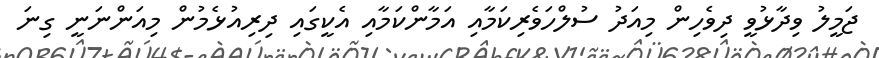
ޖަމީލު ވިދާޅުވީ ދިވެހިން މިއަދު ސުލްހަވެރިކަމާއި އަމާންކަމާއި އެކީގައި ދިރިއުޅެމުން މިއަންނަނީ ގިނަ